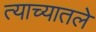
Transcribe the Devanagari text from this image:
त्याच्यातले